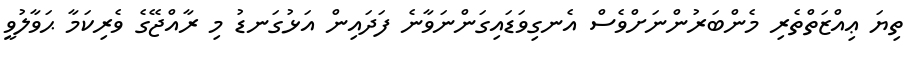
ތިޔަ ޢިއްޒަތްތެރި މެންބަރުންނަށްވެސް އެނގިވަޑައިގަންނަވާނެ ފަދައިން އަޅުގަނޑު މި ރާއްޖޭގެ ވެރިކަމާ ޙަވާލުވީ